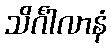
သိင်္ဂါလာနံ